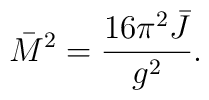
\bar M^2 = {16\pi^2 \bar J \over g^2}.